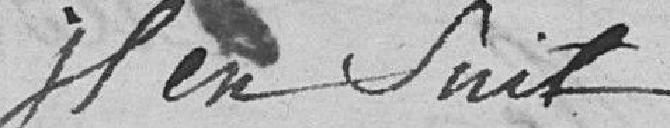
il en suit